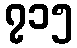
၇၁၅